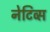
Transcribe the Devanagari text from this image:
नेटिव्स